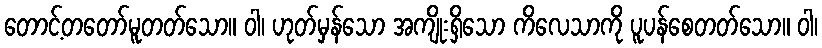
တောင့်တတော်မူတတ်သော။ ဝါ၊ ဟုတ်မှန်သော အကျိုးရှိသော ကိလေသာကို ပူပန်စေတတ်သော။ ဝါ၊